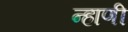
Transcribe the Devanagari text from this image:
न्हाणी